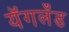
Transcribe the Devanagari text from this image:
यॅगलँड